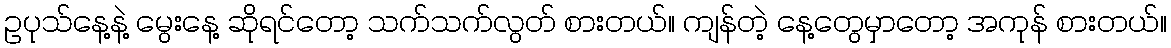
ဥပုသ်နေ့နဲ့ မွေးနေ့ ဆိုရင်တော့ သက်သက်လွတ် စားတယ်။ ကျန်တဲ့ နေ့တွေမှာတော့ အကုန် စားတယ်။